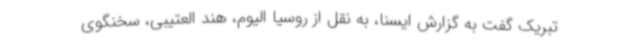
تبریک گفت به گزارش ایسنا، به نقل از روسیا الیوم، هند العتیبی، سخنگوی